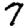
Digit: 7